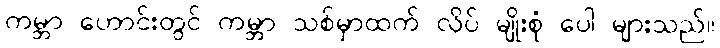
ကမ္ဘာ ဟောင်းတွင် ကမ္ဘာ သစ်မှာထက် လိပ် မျိုးစုံ ပေါ များသည်။